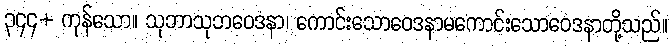
၃၄၄+ ကုန်သော။ သုဘာသုဘဝေဒနာ၊ ကောင်းသောဝေဒနာမကောင်းသောဝေဒနာတို့သည်။